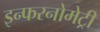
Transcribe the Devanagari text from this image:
इन्फरनोमेट्री